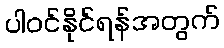
ပါဝင်နိုင်ရန်အတွက်